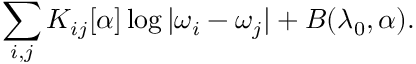
\sum _ { i , j } K _ { i j } [ \alpha ] \log | \omega _ { i } - \omega _ { j } | + B ( \lambda _ { 0 } , \alpha ) .